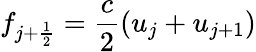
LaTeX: f_{j+\frac{1}{2}}=\frac{c}{2}(u_{j}+u_{j+1})